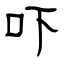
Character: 吓